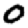
Digit: 0